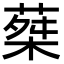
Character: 𦵴